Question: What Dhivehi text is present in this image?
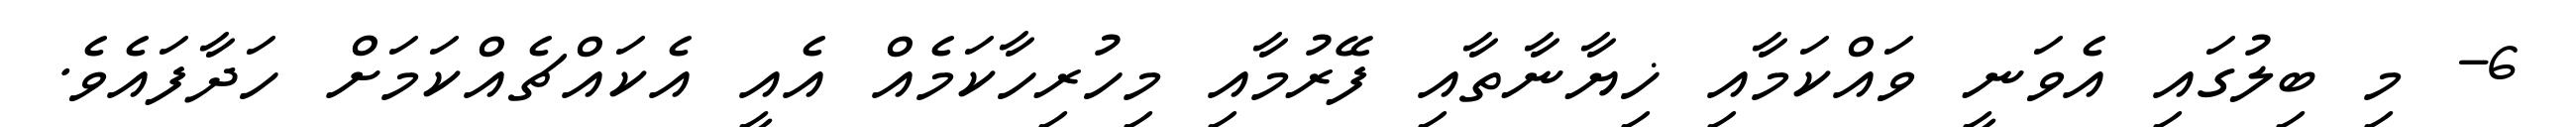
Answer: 6- މި ބިލުގައި އެވަނީ ވައްކަމާއި ޚިޔާނާތާއި ފޭރުމާއި މިހުރިހާކަމެއް އެއީ އެކައްޗެއްކަމަށް ހަދާފައެވެ.